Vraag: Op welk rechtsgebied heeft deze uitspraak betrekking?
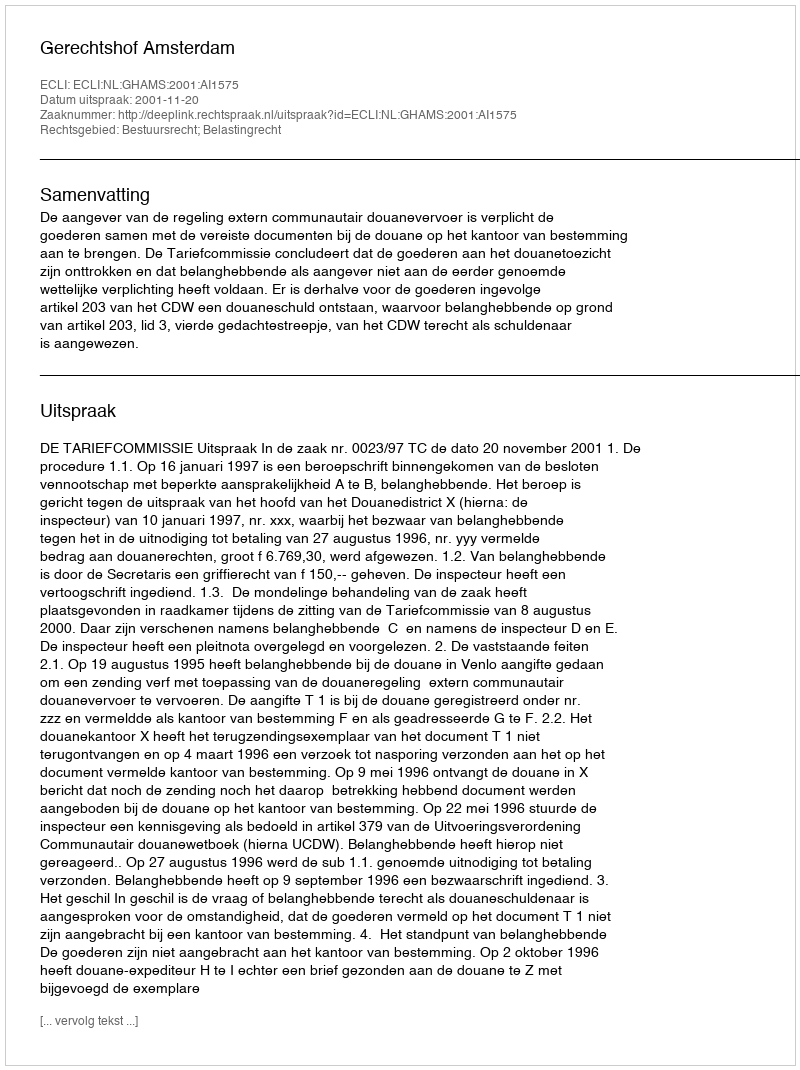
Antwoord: Bestuursrecht; Belastingrecht